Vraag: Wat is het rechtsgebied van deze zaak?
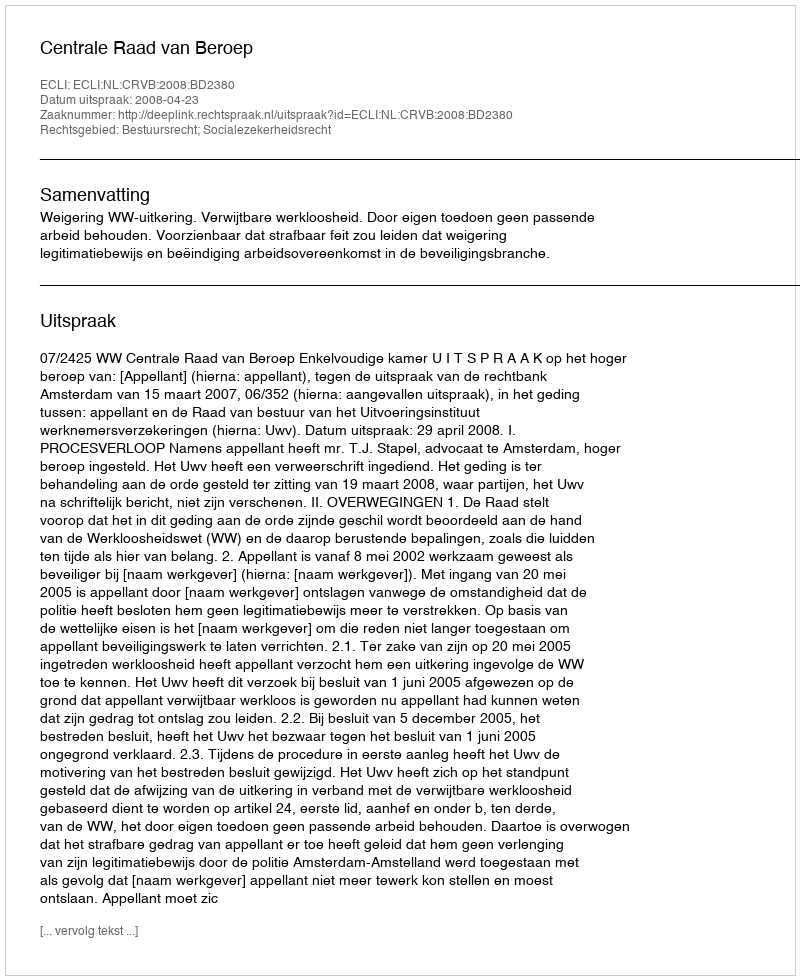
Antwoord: Bestuursrecht; Socialezekerheidsrecht